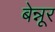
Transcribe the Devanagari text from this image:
बेन्नूर